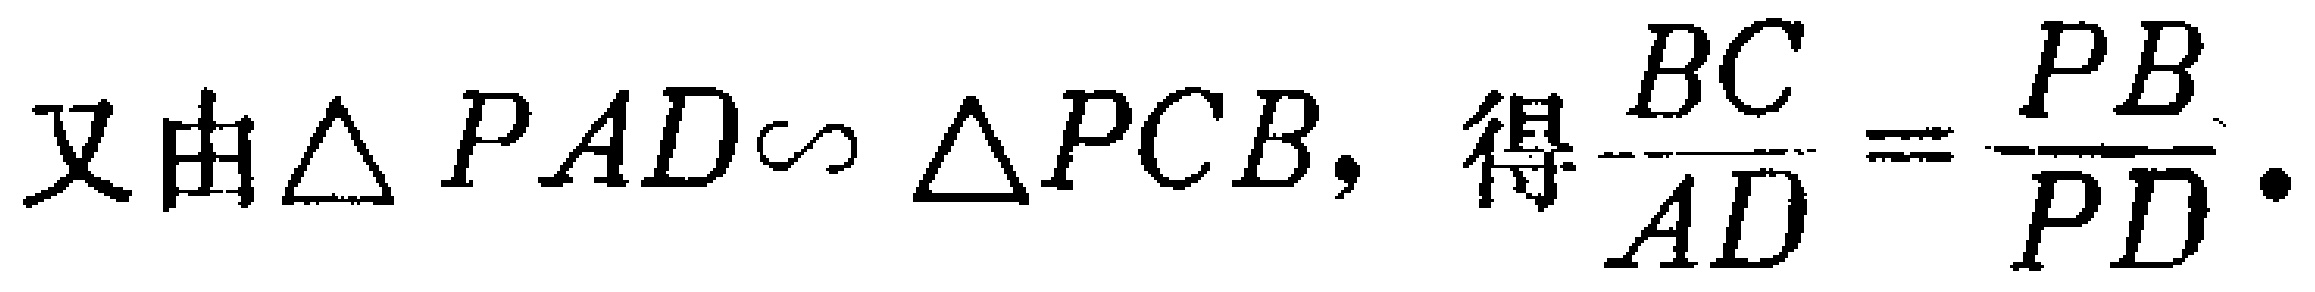
又由$\triangle PAD\sim \triangle PCB,$ 得$\dfrac{BC}{AD}=\dfrac{PB}{PD}.$